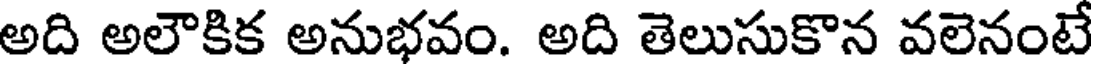
అది అలౌకిక అనుభవం. అది తెలుసుకొన వలెనంటే